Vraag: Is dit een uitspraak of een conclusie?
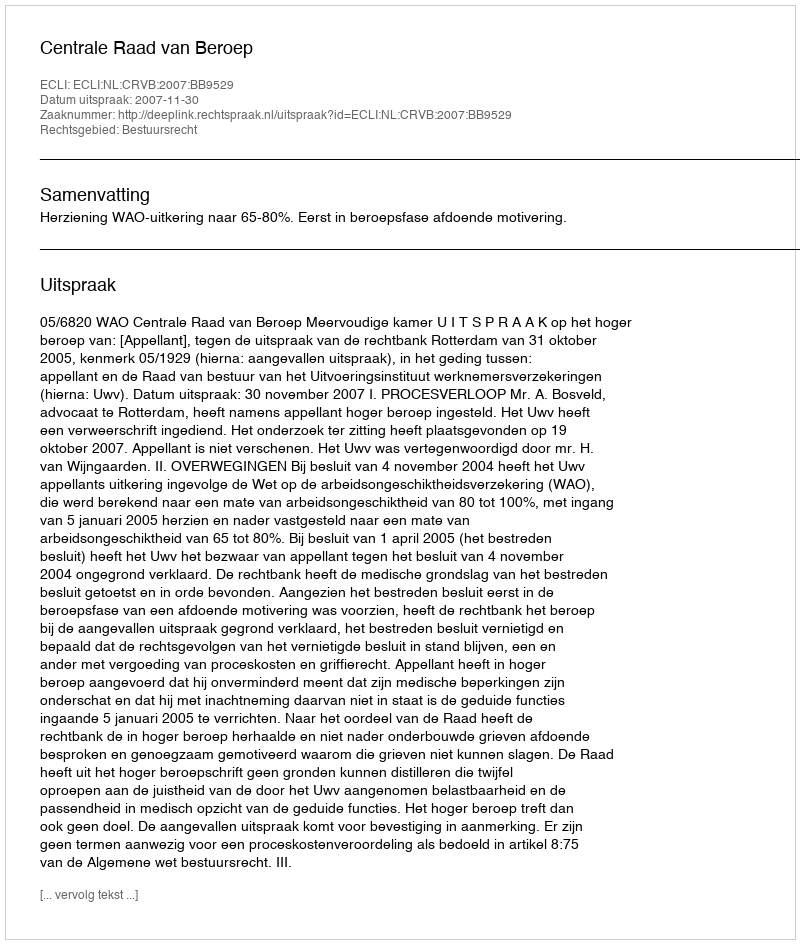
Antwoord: Uitspraak